Annual report on the Civil Veterinary Department, Burma (including the Insein Veterinary School) - 1932-1941
Year: 1932
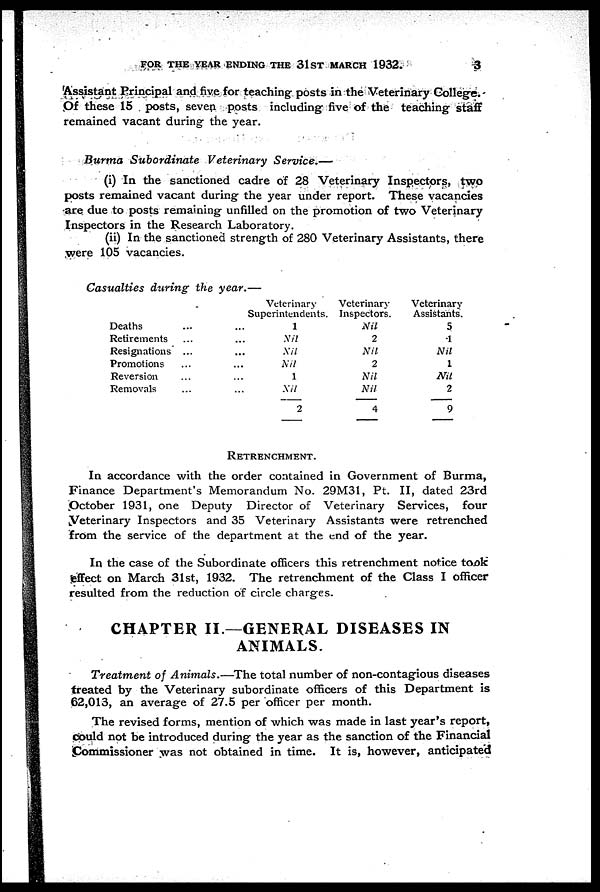
FOR THE YEAR ENDING THE 31ST MARCH 1932.
3
Assistant Principal and five for teaching posts in the Veterinary College.
Of these 15 posts, seven posts including five of the teaching staff
remained vacant during the year.
Burma Subordinate
Veterinary
Service.—
(i) In the sanctioned cadre of 28 Veterinary Inspectors, two
posts remained vacant during the year under report. These vacancies
are due to posts remaining unfilled on the promotion of two Veterinary
Inspectors in the Research Laboratory.
(ii) In the sanctioned strength of 280 Veterinary Assistants, there
were 105 vacancies.
Casualties during the year.—
Deaths ...
Retirements ...
Resignations ...
Promotions ...
Reversion ...
Removals ...
Veterinary
Superintendents.
1
Nil
Nil
Nil
1
Nil
2
Veterinary
Inspectors.
Nil
2
Nil
2
Nil
Nil
4
Veterinary
Assistants.
5
1
Nil
1
Nil
2
9
RETRENCHMENT.
In accordance with the order contained in Government of Burma,
Finance Department's Memorandum No. 29M31, Pt. II, dated 23rd
October 1931, one Deputy Director of Veterinary Services, four
Veterinary Inspectors and 35 Veterinary Assistants were retrenched
from the service of the department at the end of the year.
In the case of the Subordinate officers this retrenchment notice took
effect on March 31st, 1932. The retrenchment of the Class I officer
resulted from the reduction of circle charges.
CHAPTER II.—GENERAL DISEASES IN
ANIMALS.
Treatment of Animals.—The
total number of non-contagious diseases
treated by the Veterinary subordinate officers of this Department is
62,013, an average of 27.5 per officer per month.
The revised forms, mention of which was made in last year's report,
Could not be introduced during the year as the sanction of the Financial
Commissioner was not obtained in time. It is, however, anticipated